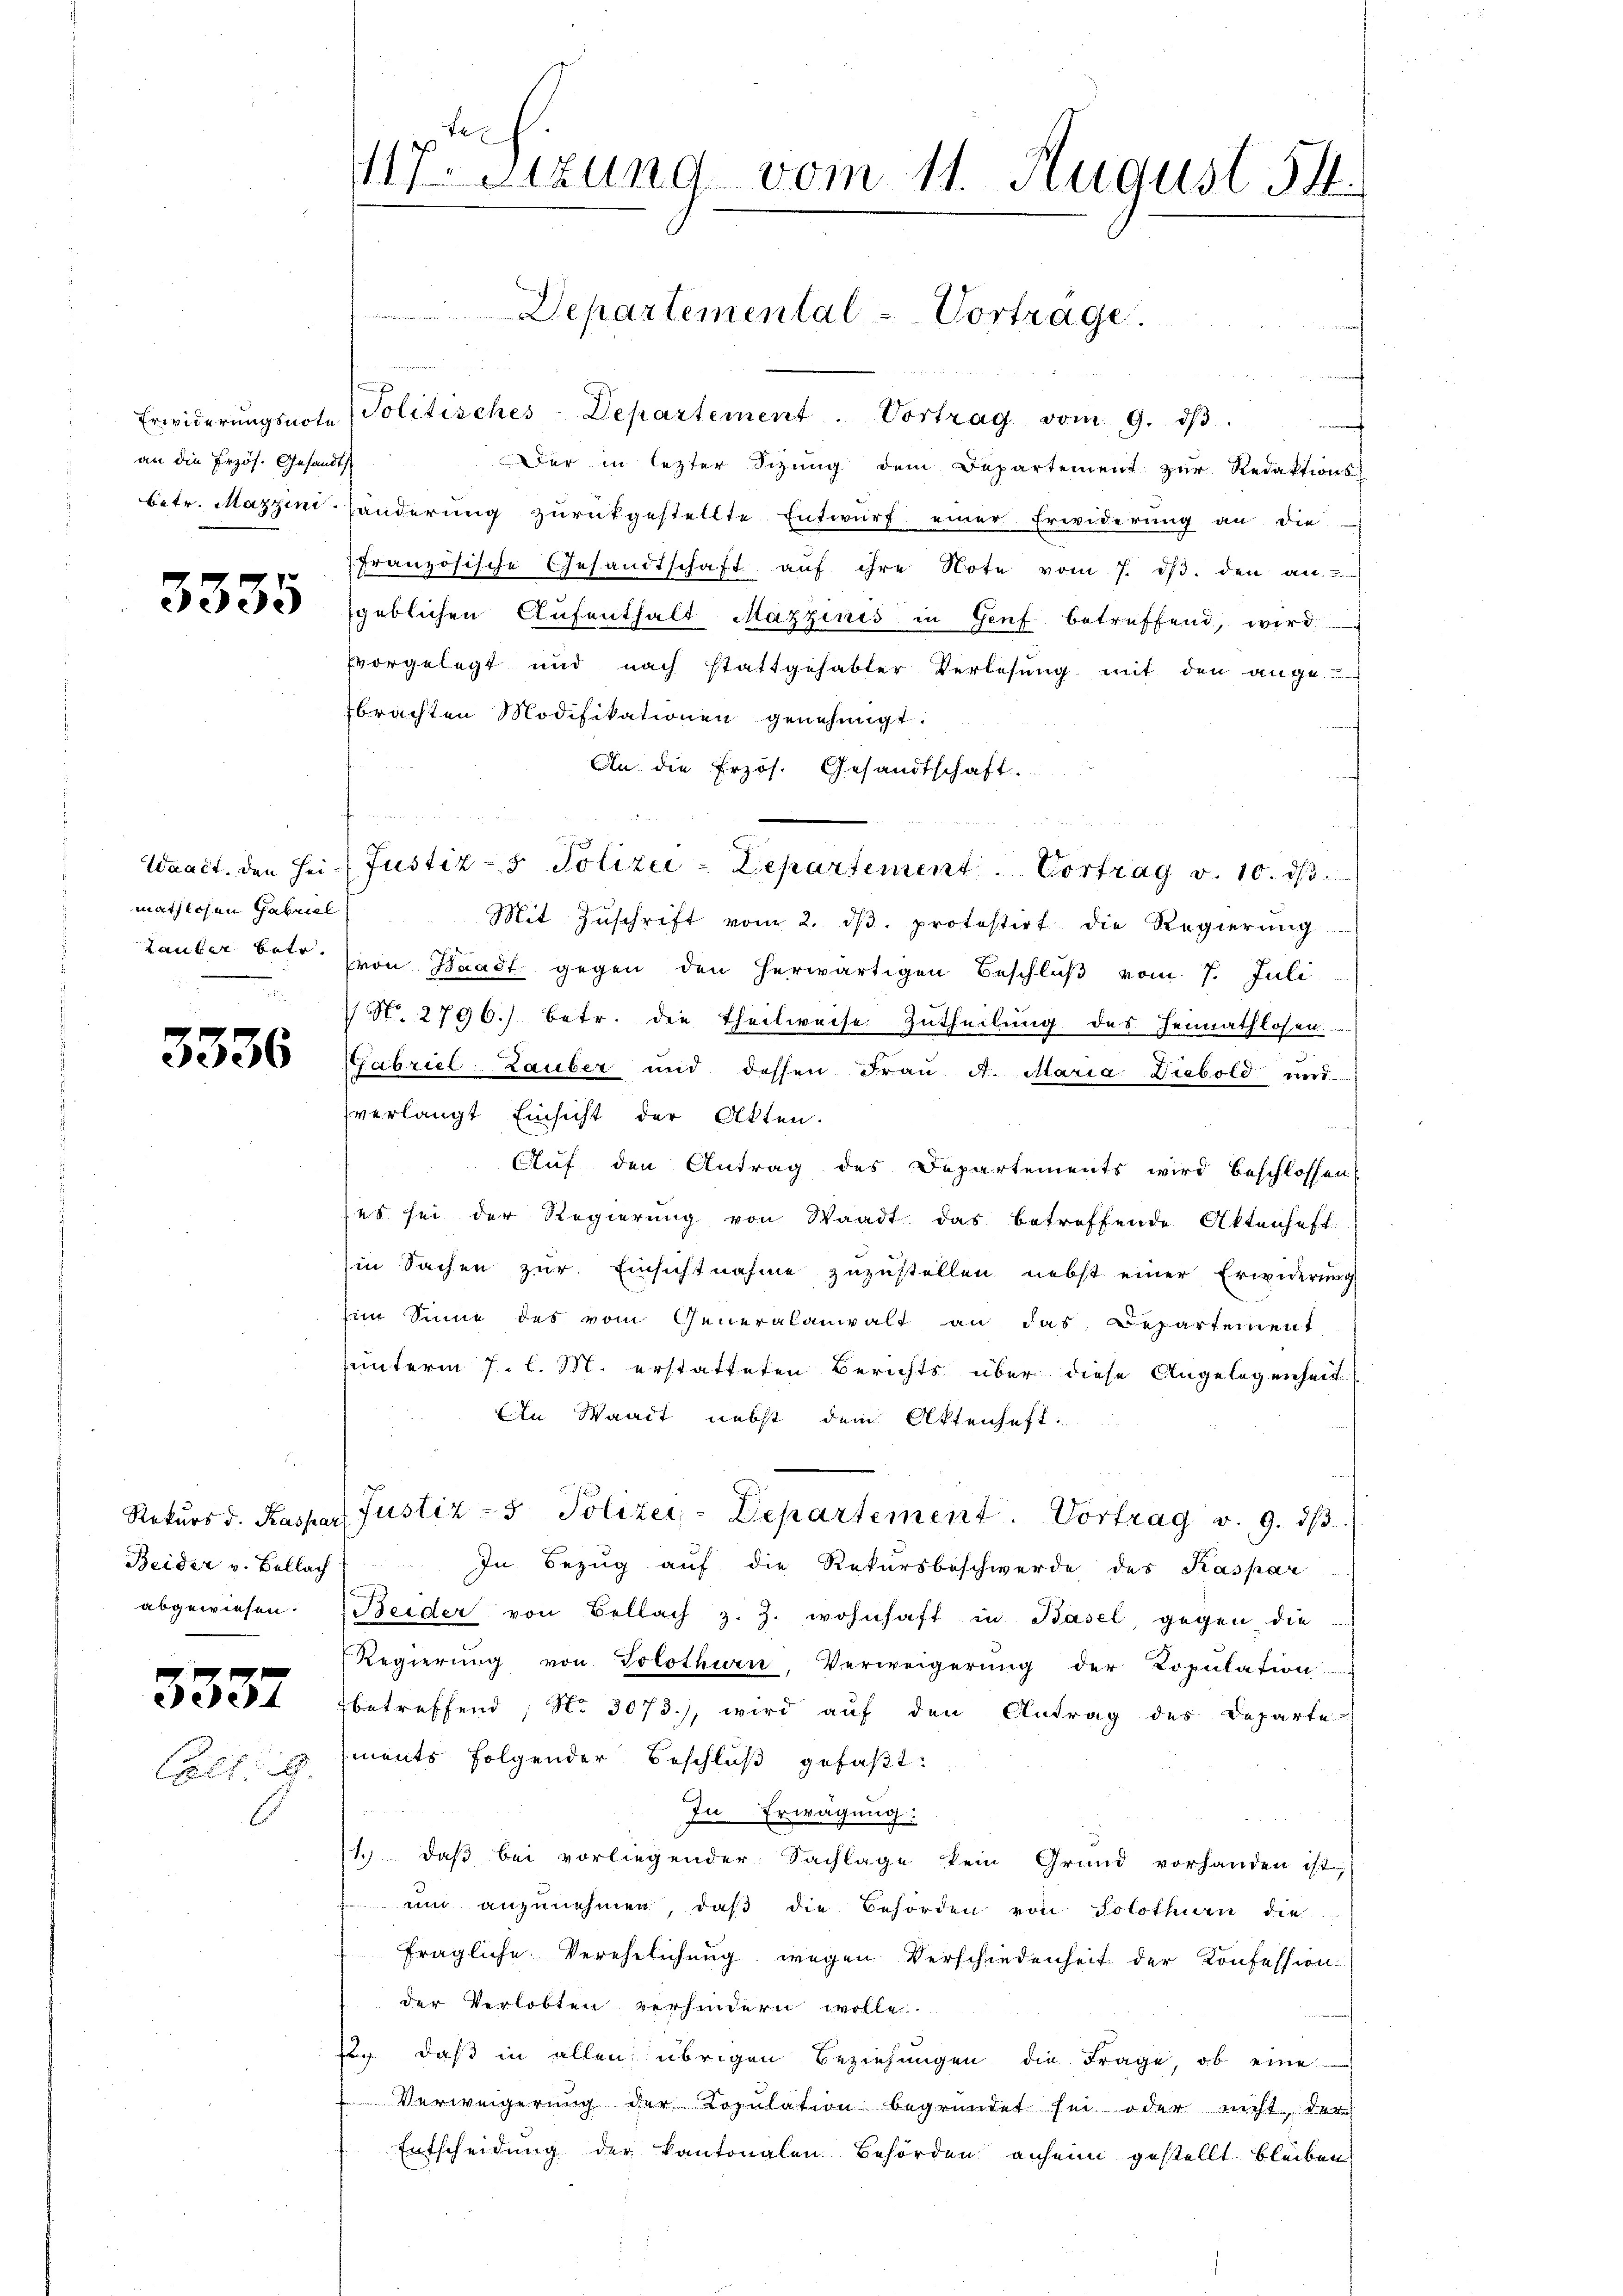
an die Erzös. Gesandt

3335

mathlichen Gabriel
Lauber betr.

3336

1.
Beider v. Bellach
abgewiesen.

3357
Call.

117. Sitzung vom 11. August 14.

Erwiderŭngsnote Politisches-Departement. Vortrag vom 9. dβ.
ch
Der in letzter Sitzung dem Departement zur Redaktions
betr. Mazzini handerŭng zŭrückgestellte Entwŭrf einer Erwiderŭng an die
französische Gesandtschaft aŭf ihre Note vom 7. dβ. den an.
sgeblichen Aufenthalt Mazzinis in Genf betreffend, wird
vorgelegt und nach stattgehabter Verlesung mit den ange-
brachten Modifikationen genehmigt.
An die Erzös. Gesandtschaft.
Mit Zŭschrift vom 2. dβ. protestirt die Regierŭng
von Waadt gegen den herwärtigen Beschluß vom 7. Juli
 N. 2796) betr. die Theilweise Zutheilung des Heimathlosen.
Gabriel Zauber und dessen Fraŭ A. Maria Diebold und
verlangt Einsicht der Akten.

Auf den Antrag des Departements wird beschlossen
es sei der Regierung von Waadt das betreffende Aktenheft
in Sachen zur Einsichtnahme zuzustellen nebst einer Erwiderung
him Sinne des vom Generalanwalt an das Departement
unterm 7. l. M. erstatteten Berichts über diese Angelegenheit.
An Waadt nebst dem Aktenhaft-
Rekŭrs d. Kaspar Justiz- & Polizei-Departement. Vortrag v. 9. dβ.
In Bezug auf die Rekursbeschwerde des Kaspar
Beider von Bellach z. Z. wohnhaft in Basel, gegen die
Regierung von Solothurn, Verweigerung der Kopulation
betreffend, No 3073.), wird auf den Antrag des Departe
ments folgender Beschluß gefaßt:
In Erwägung:
1. daβ bei vorliegender Sachlage kein Grund vorhanden ist;
um anzunehmen, daβ die Behörden von Solothurn die
fragliche Verehelichung wegen Verschiedenheit der Konfession
der Verlobten verhindern wolle
 daß in allen übrigen Beziehungen die Frage, ob eine
Verweigerung der Kopulation begründet sei oder nicht, der
Entscheidung der kantonalen Behörden anheim gestellt bleiben

Departemental - Vortrage.

n
Waact. den Hei- (Justiz- & Polizei-Departement. Vortrag v. 10. ds.